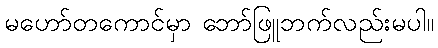
မဟော်တကောင်မှာ ဘော်ဖြူဘက်လည်းမပါ။